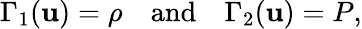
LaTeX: \Gamma_{1}(\mathbf{u})=\rho\quad\mathrm{and}\quad\Gamma_{2}(\mathbf{u})=P,